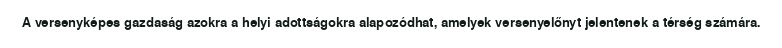
A versenyképes gazdaság azokra a helyi adottságokra alapozódhat, amelyek versenyelőnyt jelentenek a térség számára.